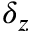
\delta _ { z }